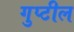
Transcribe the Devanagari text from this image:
गुप्टील